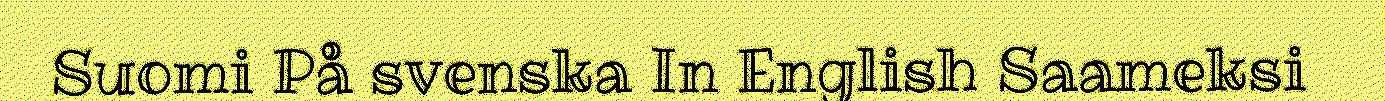
Suomi På svenska In English Saameksi